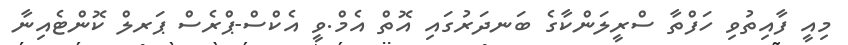
މިއީ ފާއިތުވި ހަފްތާ ސްރީލަންކާގެ ބަނދަރުގައި އޮތް އެމް.ވީ އެކްސް-ޕްރެސް ޕަރލް ކޮންޓެއިނާ